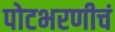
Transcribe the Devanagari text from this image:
पोटभरणीचं